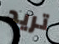
تريد